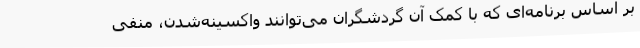
بر اساس برنامه‌ای که با کمک آن گردشگران می‌توانند واکسینه‌شدن، منفی